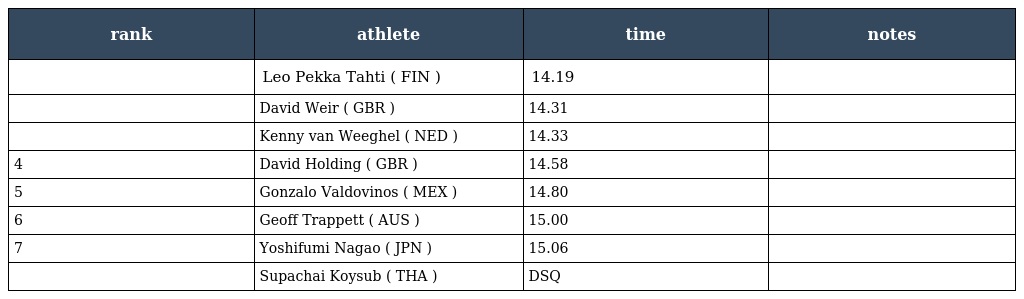
| rank | athlete | time | notes |
 | --- | --- | --- | --- |
 |  | Leo Pekka Tahti ( FIN ) | 14.19 |  |
 |  | David Weir ( GBR ) | 14.31 |  |
 |  | Kenny van Weeghel ( NED ) | 14.33 |  |
 | 4 | David Holding ( GBR ) | 14.58 |  |
 | 5 | Gonzalo Valdovinos ( MEX ) | 14.80 |  |
 | 6 | Geoff Trappett ( AUS ) | 15.00 |  |
 | 7 | Yoshifumi Nagao ( JPN ) | 15.06 |  |
 |  | Supachai Koysub ( THA ) | DSQ |  |